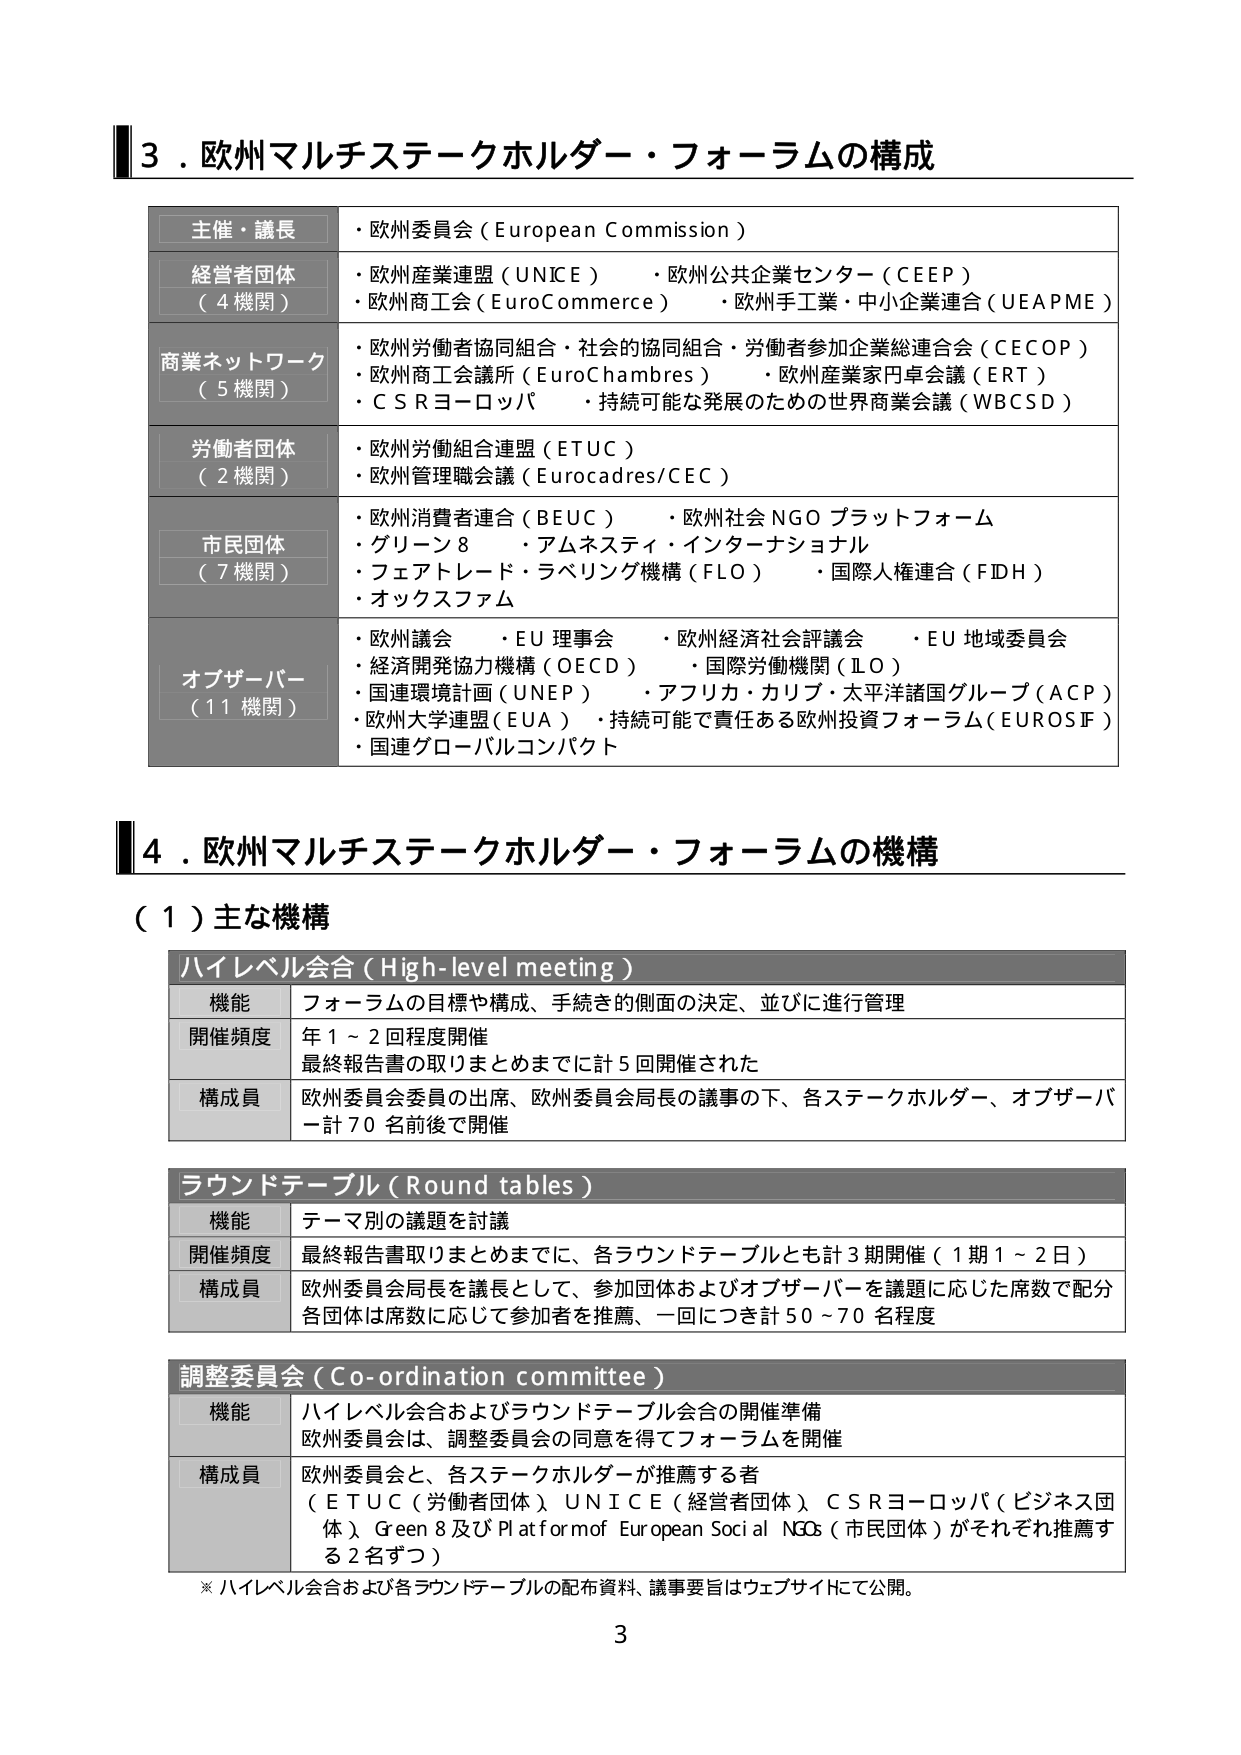
3．欧州マルチステークホルダー・フォーラムの構成

主催・議長
・欧州委員会（European Commission）

経営者団体（4機関）
・欧州産業連盟（UNICE）・欧州公共企業センター（CEEP）
・欧州商工会（EuroCommerce）・欧州手工業・中小企業連合（UEAPME）

商業ネットワーク（5機関）
・欧州労働者協同組合・社会的協同組合・労働者参加企業総連合会（CECOP）
・欧州商工会議所（EuroChambres）・欧州産業家円卓会議（ERT）
・ＣＳＲヨーロッパ・持続可能な発展のための世界商業会議（WBCSD）

労働者団体（2機関）
・欧州労働組合連盟（ETUC）
・欧州管理職会議（Eurocadres/CEC）

市民団体（7機関）
・欧州消費者連合（BEUC）・欧州社会NGOプラットフォーム
・グリーン8・アムネスティ・インターナショナル
・フェアトレード・ラベリング機構（FLO）・国際人権連合（FDH）
・オックスファム

オブザーバー（11機関）
・欧州議会・EU理事会・欧州経済社会評議会・EU地域委員会
・経済開発協力機構（OECD）・国際労働機関（ILO）
・国連環境計画（UNEP）・アフリカ・カリブ・太平洋諸国グループ（ACP）
・欧州大学連盟（EUA）・持続可能で責任ある欧州投資フォーラム（EUROSIF）
・国連グローバルコンパクト

4．欧州マルチステークホルダー・フォーラムの機構

（1）主な機構

ハイレベル会合（High-level meeting）
機能 フォーラムの目標や構成、手続き的側面の決定、並びに進行管理
開催頻度 年1～2回程度開催
最終報告書の取りまとめまでに計5回開催された
構成員 欧州委員会委員の出席、欧州委員会局長の議事の下、各ステークホルダー、オブザーバー計70名前後で開催

ラウンドテーブル（Round tables）
機能 テーマ別の議題を討議
開催頻度 最終報告書取りまとめまでに、各ラウンドテーブルとも計3期開催（1期1～2日）
構成員 欧州委員会局長を議長として、参加団体およびオブザーバーを議題に応じた席数で配分 各団体は席数に応じて参加者を推薦、一回につき計50～70名程度

調整委員会（Co-ordination committee）
機能 ハイレベル会合およびラウンドテーブル会合の開催準備
欧州委員会は、調整委員会の同意を得てフォーラムを開催
構成員 欧州委員会と、各ステークホルダーが推薦する者
（ETUC（労働者団体）、UNICE（経営者団体）、CSRヨーロッパ（ビジネス団体）、Green 8及びPlatform of European Social NGOs（市民団体）がそれぞれ推薦する2名ずつ）

※ ハイレベル会合および各ラウンドテーブルの配布資料、議事要旨はウェブサイトにて公開。

3